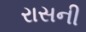
રાસની